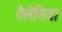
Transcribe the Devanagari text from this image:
गैलेसिया